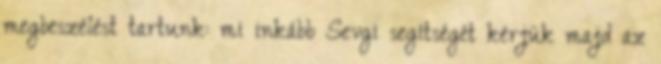
megbeszélést tartunk: mi inkább Sevgi segítségét kérjük majd az